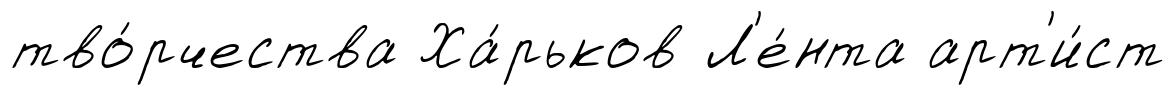
тво́рчества Ха́рьков Л'е́нта арт'и́ст